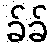
ခ်ခ်